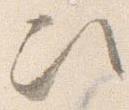
次